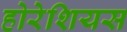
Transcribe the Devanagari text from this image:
होरेशियस